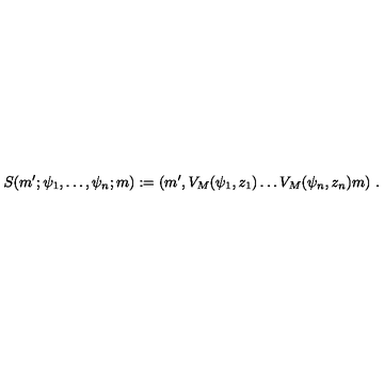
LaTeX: S ( m ^ { \prime } ; \psi _ { 1 } , \dots , \psi _ { n } ; m ) : = ( m ^ { \prime } , V _ { M } ( \psi _ { 1 } , z _ { 1 } ) \dots V _ { M } ( \psi _ { n } , z _ { n } ) m ) \ .